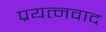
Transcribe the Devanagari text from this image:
प्रयत्नवाद